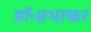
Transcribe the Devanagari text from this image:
डॉ॰प्रभाकर